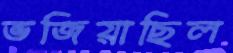
ভজিয়াছিল